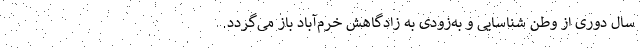
سال دوری از وطن شناسایی و به‌زودی به زادگاهش خرم‌آباد باز می‌گردد.